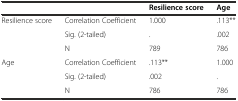
<table><thead><tr><td></td><td></td><td><b>Resilience score</b></td><td><b>Age</b></td></tr></thead><tbody><tr><td>Resilience score</td><td>Correlation Coefficient</td><td>1.000</td><td>.113**</td></tr><tr><td></td><td>Sig. (2-tailed)</td><td>.</td><td>.002</td></tr><tr><td></td><td>N</td><td>789</td><td>786</td></tr><tr><td>Age</td><td>Correlation Coefficient</td><td>.113**</td><td>1.000</td></tr><tr><td></td><td>Sig. (2-tailed)</td><td>.002</td><td>.</td></tr><tr><td></td><td>N</td><td>786</td><td>786</td></tr></tbody></table>